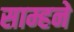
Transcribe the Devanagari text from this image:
साम्हने